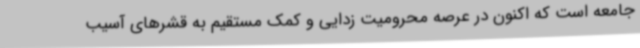
جامعه است که اکنون در عرصه محرومیت زدایی و کمک مستقیم به قشرهای آسیب